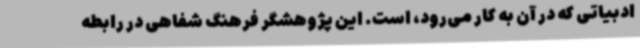
ادبیاتی که در آن به کار می‌رود، است. این پژوهشگر فرهنگ شفاهی در رابطه